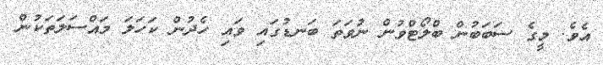
އެވެ. މީގެ ސަބަބުން ބްލޯޓްވުން ނުވަތަ ބަނޑުގައި ވައި ހެދުން ކަހަލަ މައްސަލަތަކުން